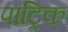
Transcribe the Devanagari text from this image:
पाट्रिक